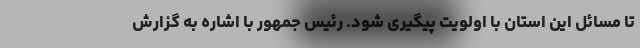
تا مسائل این استان با اولویت پیگیری شود. رئیس جمهور با اشاره به گزارش